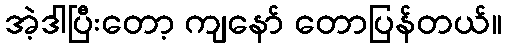
အဲ့ဒါပြီးတော့ ကျနော် တောပြန်တယ်။